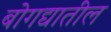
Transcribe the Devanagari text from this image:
बोगद्यातील